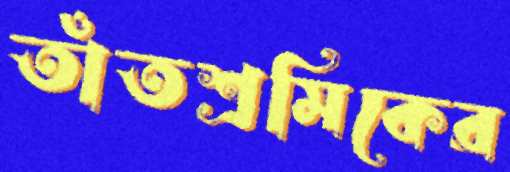
তাঁতশ্রমিকের